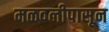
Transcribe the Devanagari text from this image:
मळवलीपासून